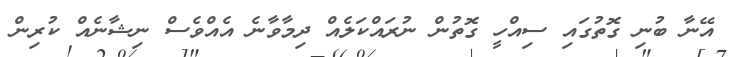
އޭނާ ބުނި ގޮތުގައި ސިއްހީ ގޮތުން ނުރައްކަލެއް ދިމާވާނެ އެއްވެސް ނިޝާނެއް ކުރިން